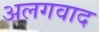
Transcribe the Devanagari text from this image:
अलगवाद